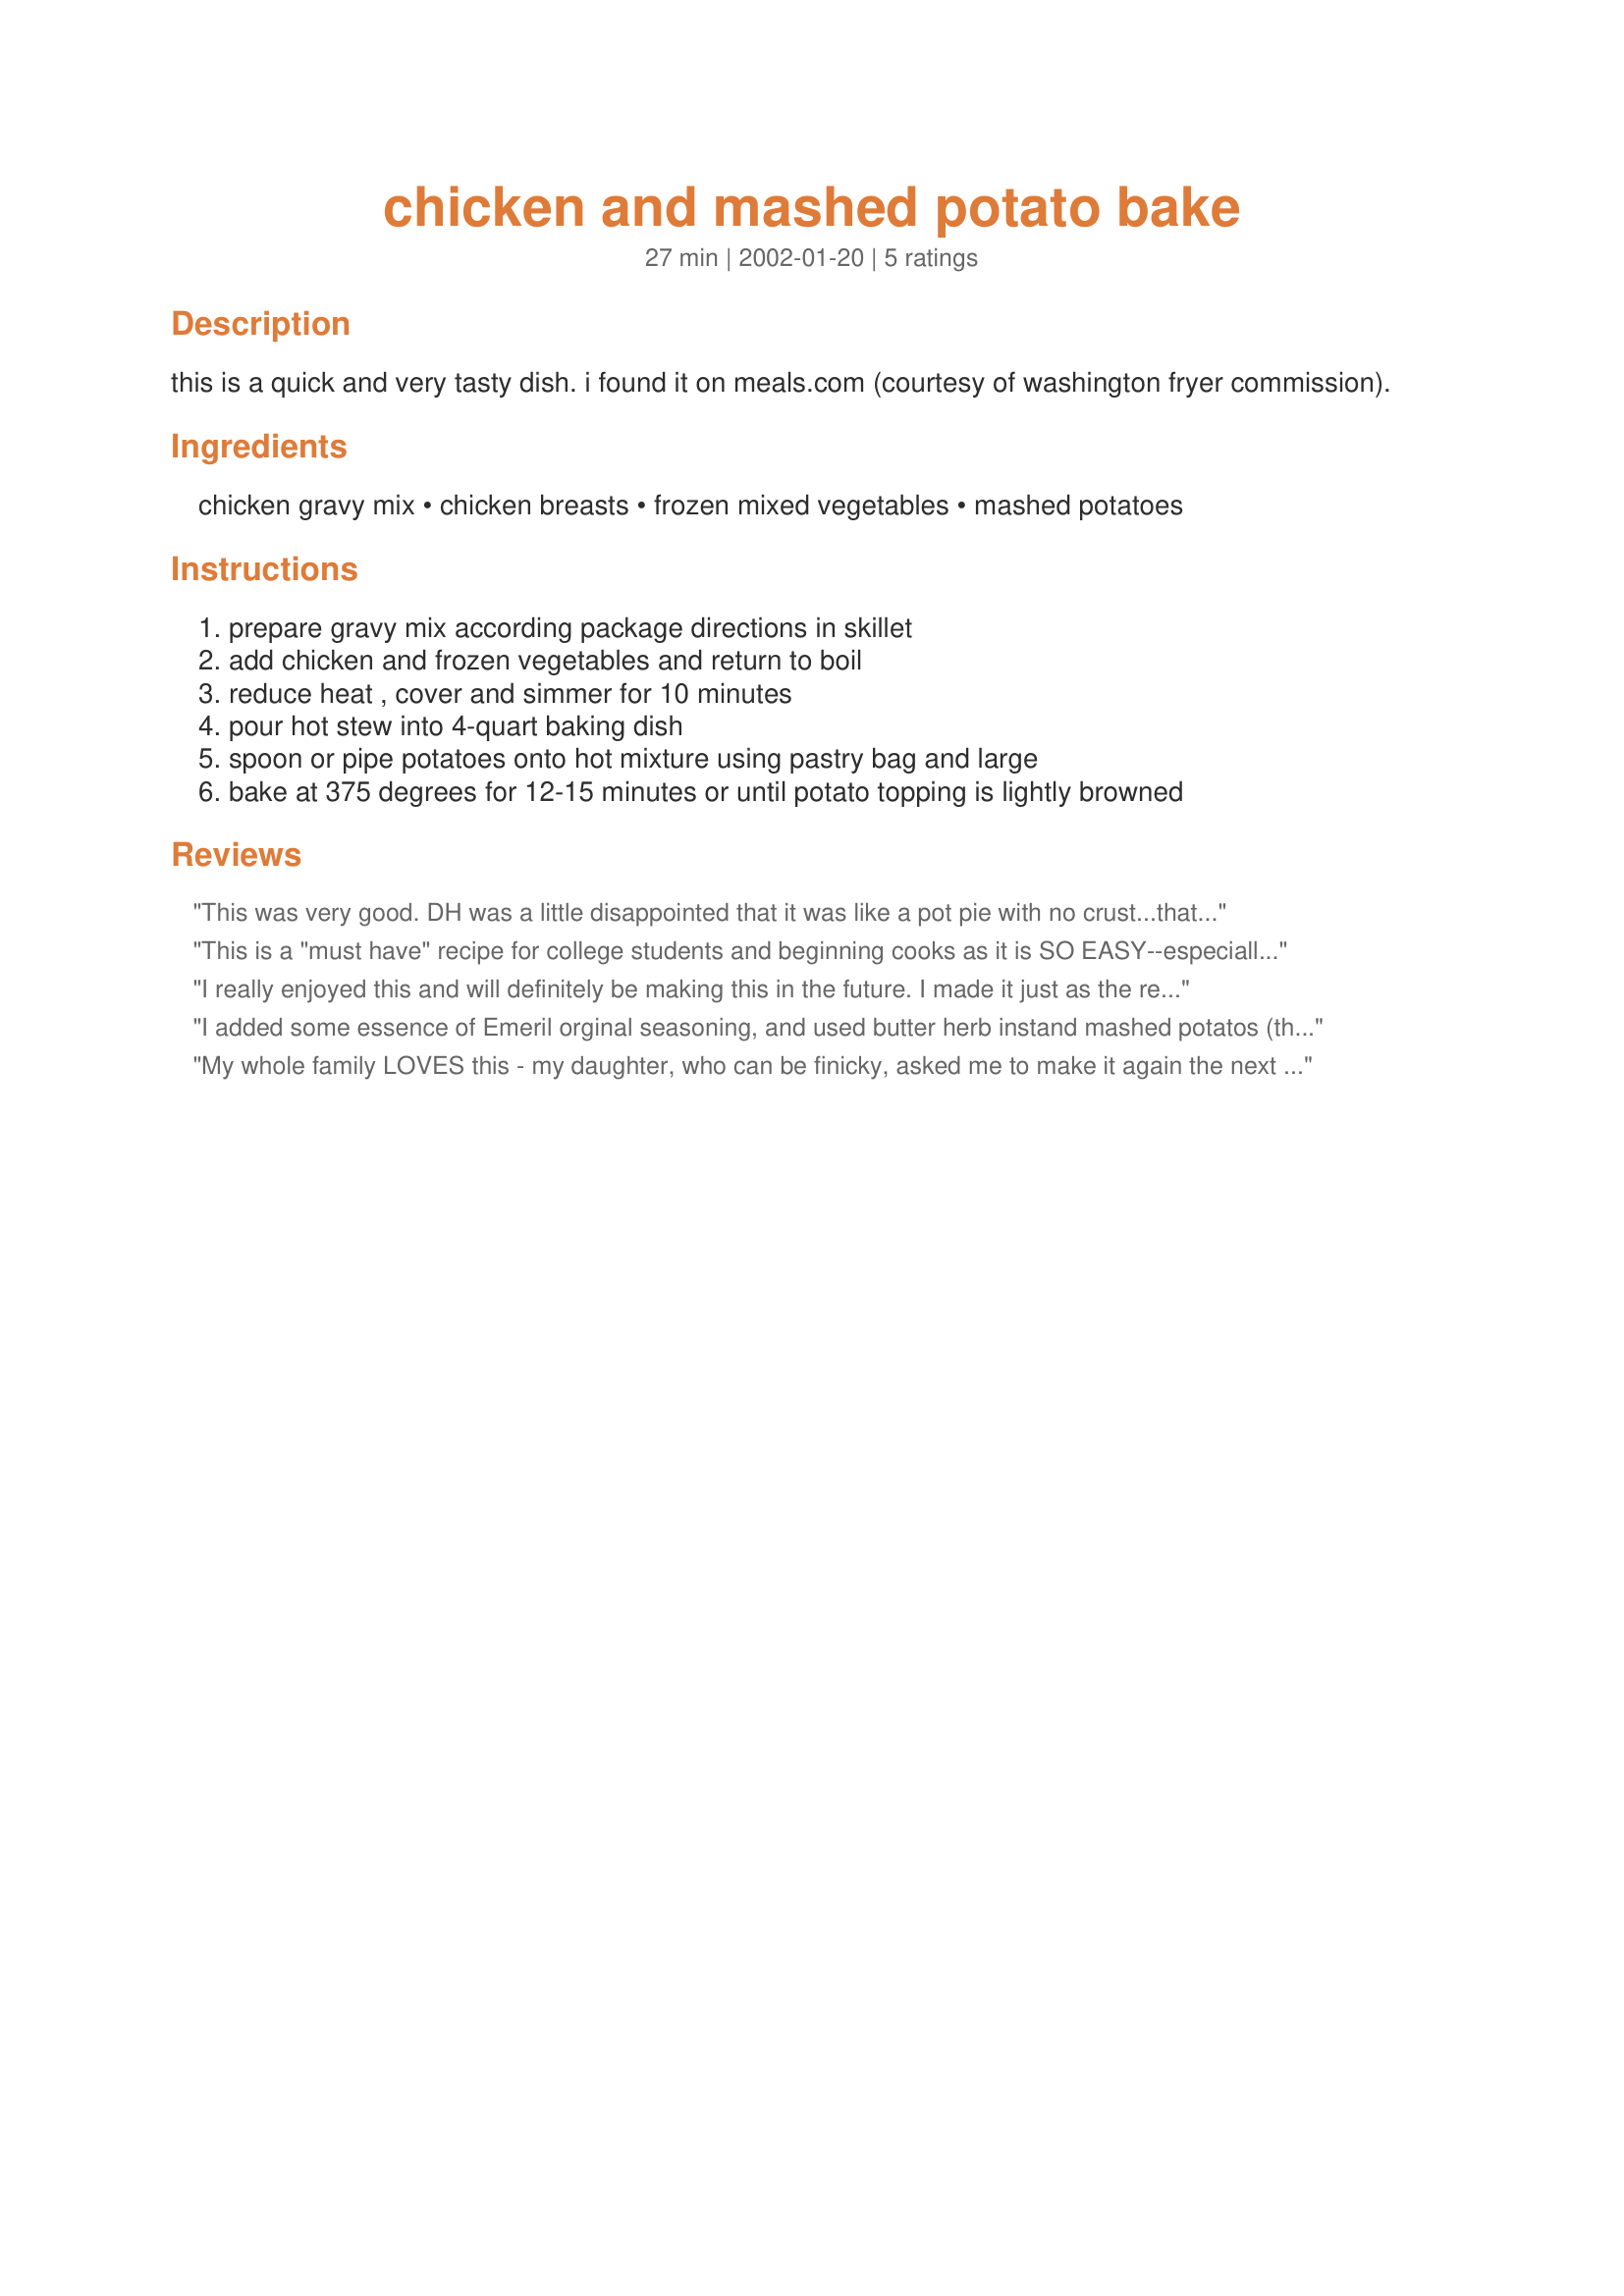
chicken and mashed potato bake
Preparation time: 27 minutes

this is a quick and very tasty dish. i found it on meals.com (courtesy of washington fryer commission).

Ingredients:
chicken gravy mix, chicken breasts, frozen mixed vegetables, mashed potatoes

Steps:
prepare gravy mix according package directions in skillet, add chicken and frozen vegetables and return to boil, reduce heat , cover and simmer for 10 minutes, pour hot stew into 4-quart baking dish, spoon or pipe potatoes onto hot mixture using pastry bag and large, bake at 375 degrees for 12-15 minutes or until potato topping is lightly browned

Reviews:
This was very good. DH was a little disappointed that it was like a pot pie with no crust...that's his favorite part. I might try this in a pie shells and serve mashed potatoes on the side. It was a very good recipe though. Thanks for posting!
This is a "must have" recipe for college students and beginning cooks as it is SO EASY--especially if you use canned gravy and instant potatoes. My kids didn't complain about eating their vegetables either! I will be cooking this often on "soccer night" when I have no time to fix dinner.
I really enjoyed this and will definitely be making this in the future. I made it just as the recipe stated too. Thanks so much for sharing it with us.
I added some essence of Emeril orginal seasoning, and used butter herb instand mashed potatos (that is what I had in the house). I used 2 cans of gravy rather than packaged gravy mix (again it is what I had in the house) I was awsome!!
My whole family LOVES this - my daughter, who can be finicky, asked me to make it again the next night. I only made 2 packages of gravy & it seemed to be plenty. The potatoes need to be fairly stiff - the 1st time I had made them too creamy & it turned out on the soupy side (although my daughter insisted she liked it that way).
